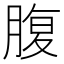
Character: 腹